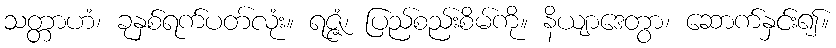
သတ္တာဟံ၊ ခုနှစ်ရက်ပတ်လုံး။ ရဇ္ဇံ၊ ပြည်စည်းစိမ်ကို။ နိယျာဒေတွာ၊ ဆောက်နှင်း၍။